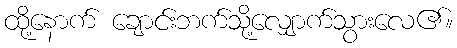
ထို့နောက် ချောင်းဘက်သို့လျှောက်သွားလေ၏။